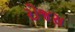
રોજસ